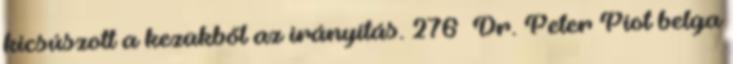
kicsúszott a kezükből az irányítás. 276 Dr. Peter Piot belga